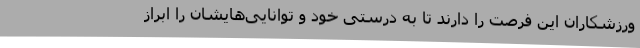
ورزشکاران این فرصت را دارند تا به درستی خود و توانایی‌هایشان را ابراز